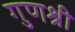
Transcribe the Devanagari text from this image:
गुणश्री